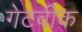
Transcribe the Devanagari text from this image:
गेटवीक